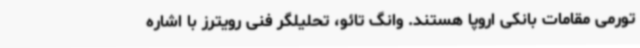
تورمی مقامات بانکی اروپا هستند. وانگ تائو، تحلیلگر فنی رویترز با اشاره